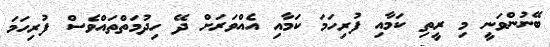
ބޭނުންވަނީ މި ރީތި ކަމާއި ފުރިހަމަ ކަމާއި އެއްވަރަށް ދޭ ހިދުމަތްތައްވެސް ފުރިހަމަ